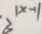
3 ^ { \vert x - 1 \vert }